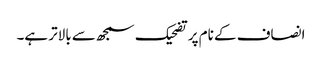
انصاف کے نام پر تضحیک سمجھ سے بالاتر ہے۔